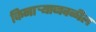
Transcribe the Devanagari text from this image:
किनाऱ्‍याजवळील